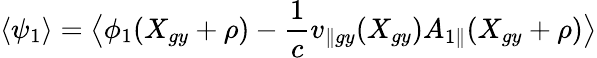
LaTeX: \left\langle\psi_{1}\right\rangle=\bigl\langle\phi_{1}(X_{gy}+\rho)-\frac{1}{c}v_{\parallel gy}(X_{gy}){A}_{1\parallel}(X_{gy}+\rho)\bigr\rangle